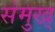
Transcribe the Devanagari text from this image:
संमुख्